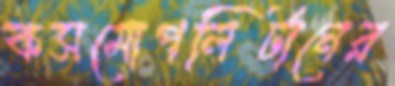
কসমোপলিটানের